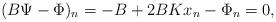
LaTeX: \begin{align*}(B \Psi - \Phi)_n = - B + 2 BK x_n - \Phi_n = 0,\end{align*}